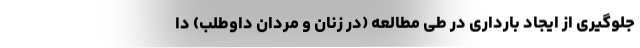
جلوگیری از ایجاد بارداری در طی مطالعه (در زنان و مردان داوطلب) دا